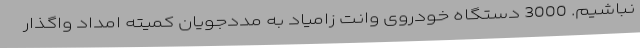
نباشیم. 3000 دستگاه خودروی وانت زامیاد به مددجویان کمیته امداد واگذار